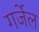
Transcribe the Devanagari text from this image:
गर्जेल